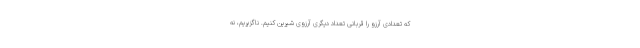
که تعدادی آرزو را قربانی تعداد دیگری آرزوی شیرین کنیم. ناگزیریم، نه